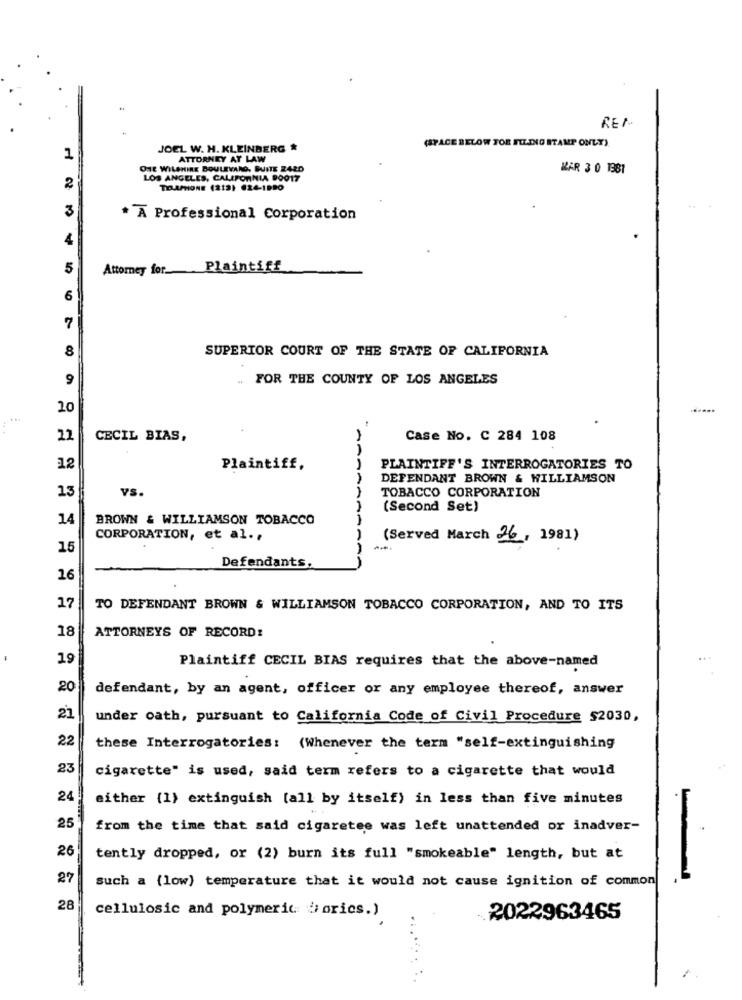
REI
(SPACE BELOW FOR FILING STAMP ONLY)
JOEL W. H. KLEINBERG &
1
ATTORNEY AT LAW
ONE WILSHIRE BOULEVARD, SUITE 242D
KAR 3 0 1981
LOS ANGELES, CALIFORNIA 90017
2
TIAPHONE (212) 624-1990
3
* A Professional Corporation
4
5
Attorney for Plaintiff
6
7
8
SUPERIOR COURT OF THE STATE OF CALIFORNIA
9
FOR THE COUNTY OF LOS ANGELES
20
.....
22
CECIL BIAS,
Case No. C 284 108
12
Plaintiff,
PLAINTIFF'S INTERROGATORIES TO
DEFENDANT BROWN & WILLIAMSON
13
vS.
TOBACCO CORPORATION
(Second Set)
14
BROWN & WILLIAMSON TOBACCO
CORPORATION, et al .,
(Served March 26, 1981)
15
Defendants,
16
17
TO DEFENDANT BROWN & WILLIAMSON TOBACCO CORPORATION, AND TO ITS
18
ATTORNEYS OF RECORD:
19
Plaintiff CECIL BIAS requires that the above-named
20
defendant, by an agent, officer or any employee thereof, answer
21
under oath, pursuant to California Code of Civil Procedure $2030,
22
these Interrogatories: (Whenever the term "self-extinguishing
23
cigarette" is used, said term refers to a cigarette that would
24
either (1) extinguish [all by itself) in less than five minutes
25
from the time that said cigaretee was left unattended or inadver-
26
tently dropped, or (2) burn its full "smokeable" length, but at
27
such a {low) temperature that it would not cause ignition of common
28
cellulosic and polymeric Vorics.)
2022963465